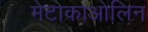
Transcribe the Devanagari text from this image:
मेटाकाओलिन